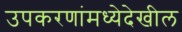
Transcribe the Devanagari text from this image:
उपकरणांमध्येदेखील